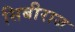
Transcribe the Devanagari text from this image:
सिबीराज